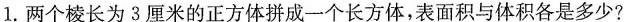
1.两个棱长为3厘米的正方体拼成一个长方体，表面积与体积各是多少?